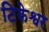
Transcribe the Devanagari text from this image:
टिकेश्वर